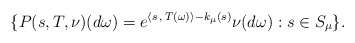
\begin{align*}\{ P(s,T,\nu)(d\omega)= e^{\langle s \,,\, T(\omega)\rangle-k_{\mu}(s)}\nu(d\omega): s\in S_{\mu}\}.\end{align*}